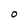
Character: O